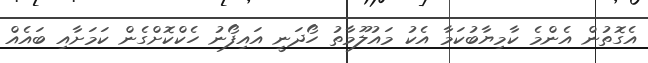
އެގޮތުން އެންމެ ކާމިޔާބުކަމާ އެކު މައުލޫމާތު ހޯދަނީ އައިފޯނު ހެކްކޮށްގެން ކަމަށާއި ބައެއް